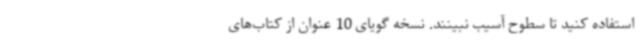
استفاده کنید تا سطوح آسیب نبینند. نسخه گویای 10 عنوان از کتاب‌های